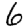
Digit: 6